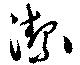
潔